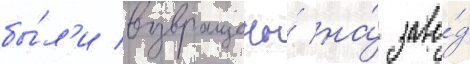
бы́л'и возвращены́ на́ заво́д